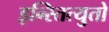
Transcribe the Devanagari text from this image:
इन्स्तित्युतो